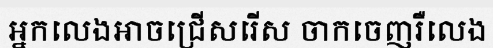
អ្នកលេងអាចជ្រើសរើស ចាកចេញរឺលេង